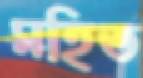
মহিত